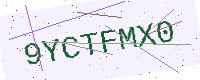
Text: 9YCTFMX0